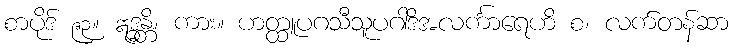
စာပိုဒ် ၉၃။ ဣဒ္ဓန္တိ၊ ကား။ ဟတ္ထူပဂသီသူပဂါဒိအလင်္ကာရေဟိ စ၊ လက်တန်ဆာ